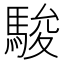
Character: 駿